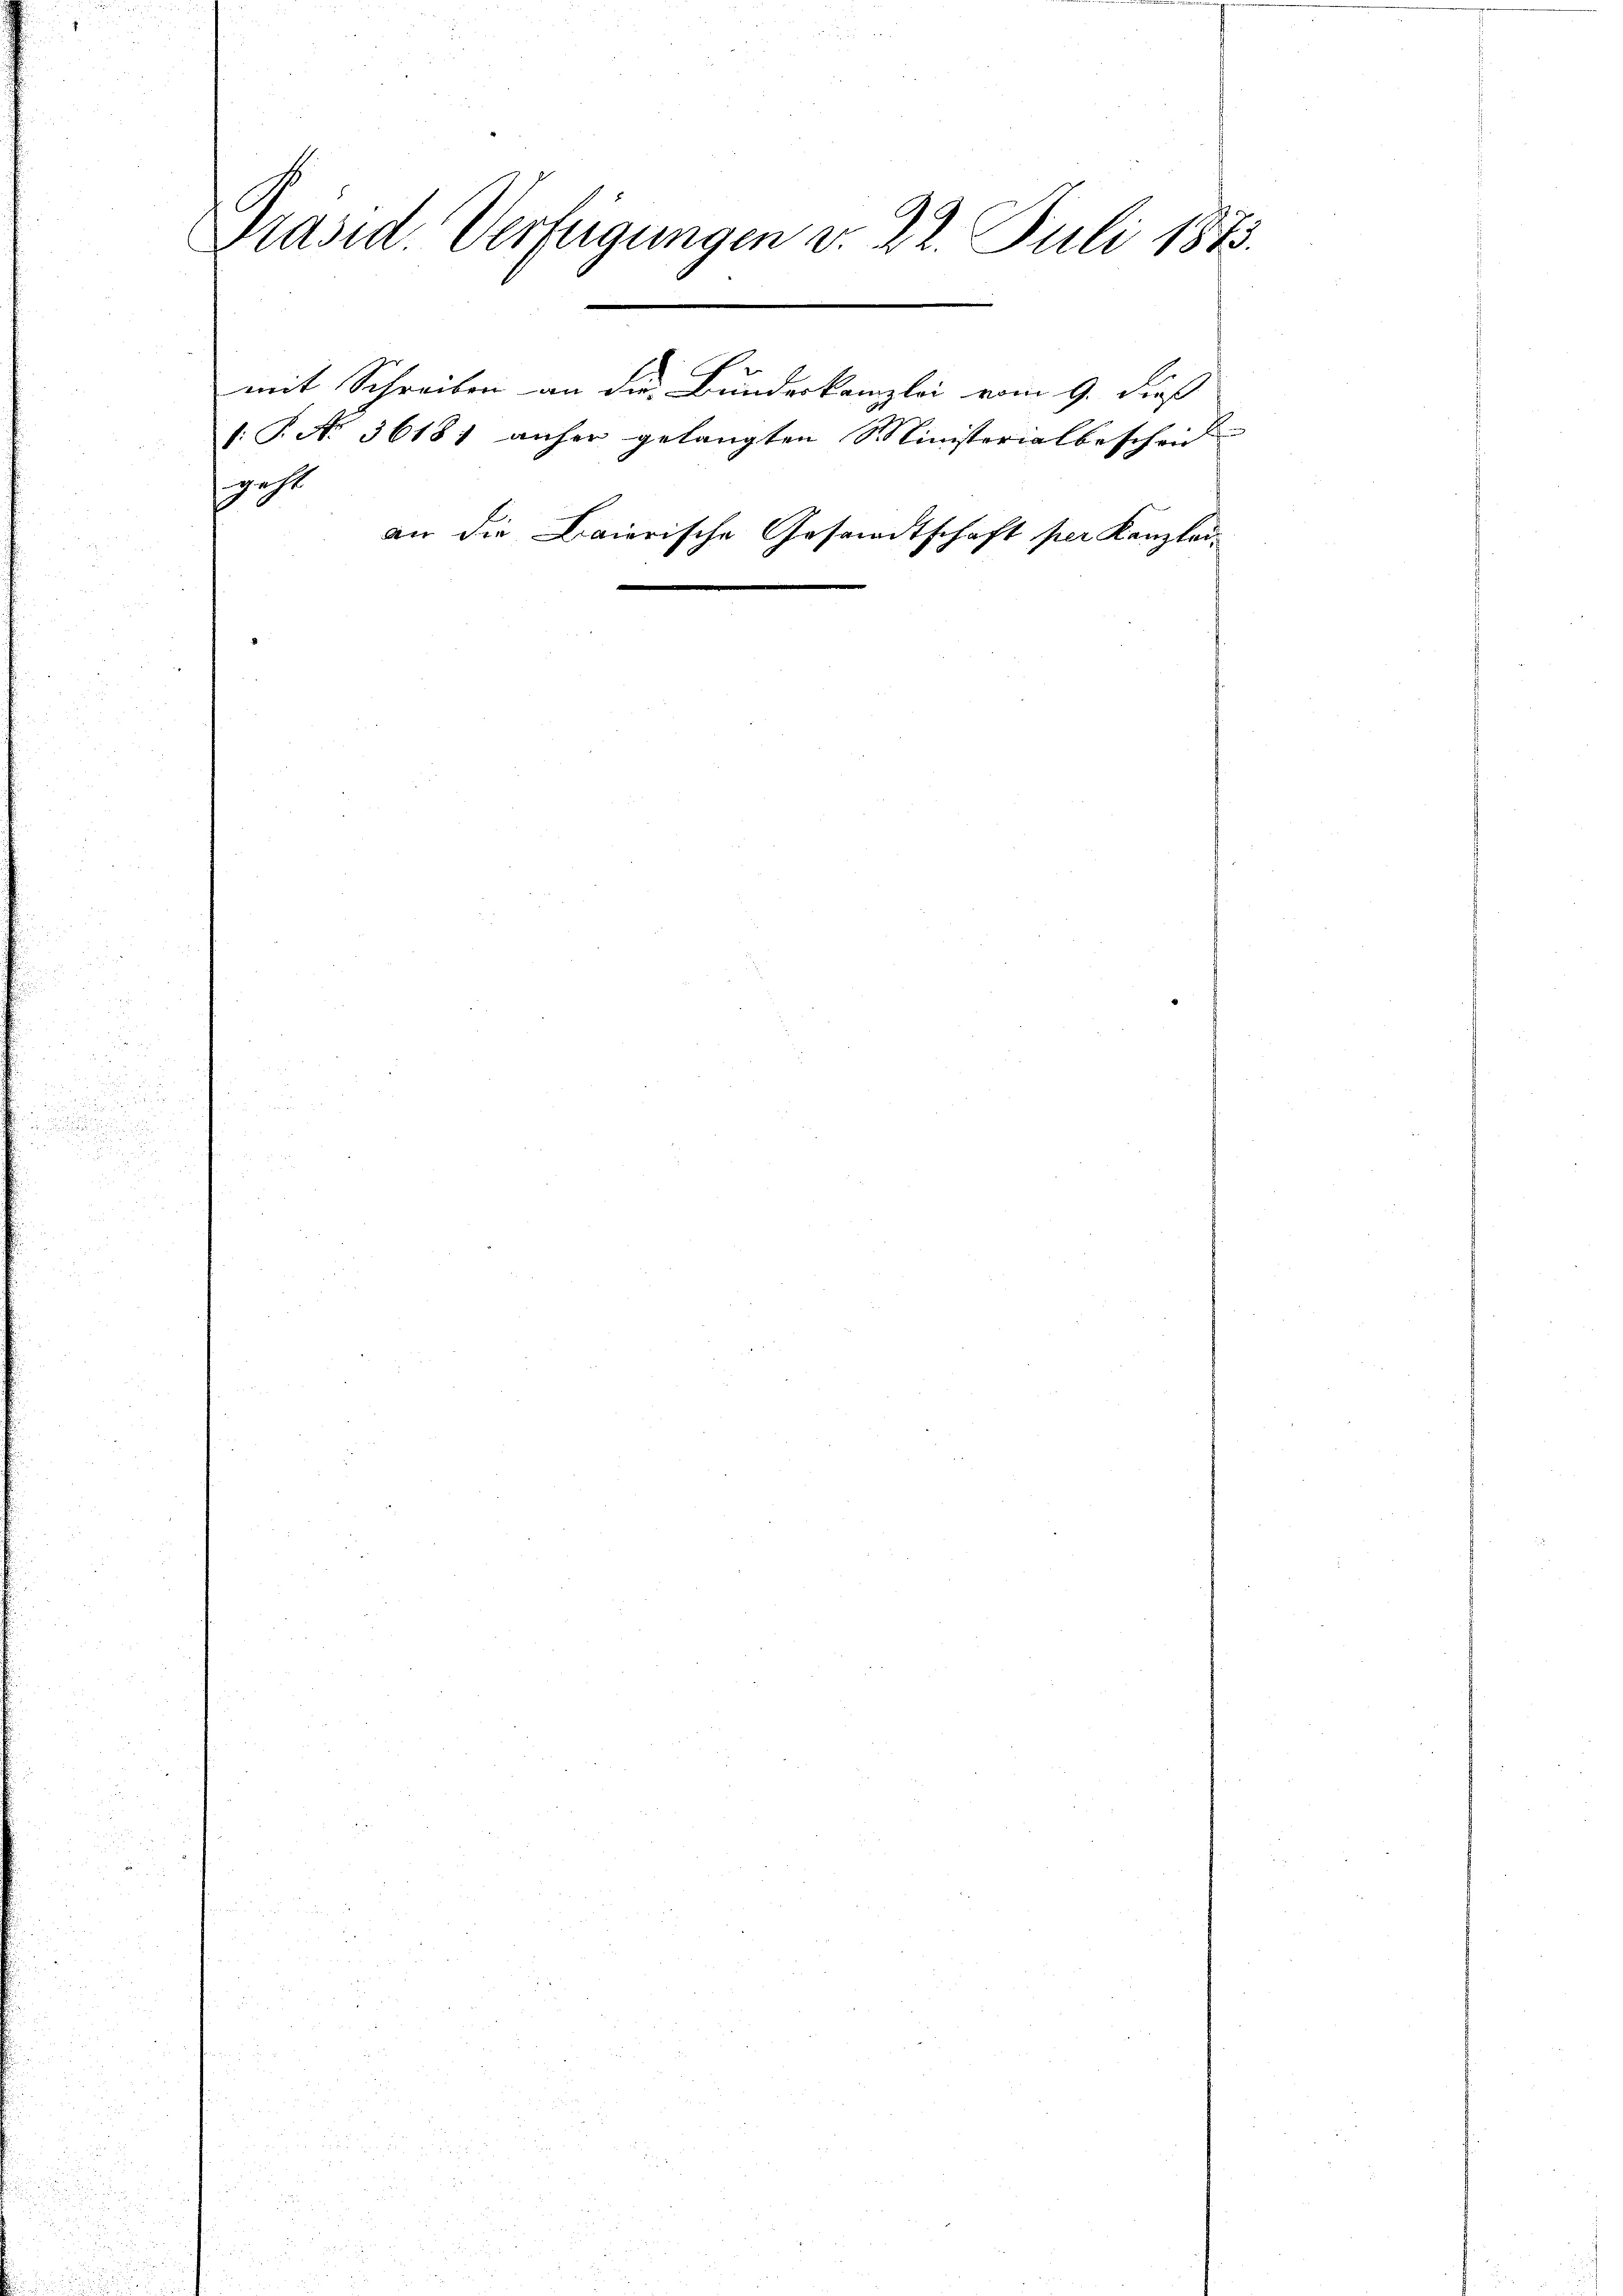
Präsid. Verfügungen v. 22. Juli 1873.
mit Schreiben an die Bundeskanzlei vom 9. dieß
(T. No 3618) anher gelangten Ministerialbescheid
geht
an die Baierische Gesandtschaft per Kanzlei¬